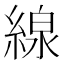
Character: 線